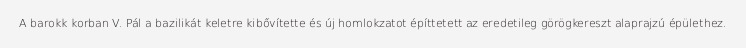
A barokk korban V. Pál a bazilikát keletre kibővítette és új homlokzatot építtetett az eredetileg görögkereszt alaprajzú épülethez.